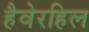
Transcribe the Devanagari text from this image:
हैवेरहिल